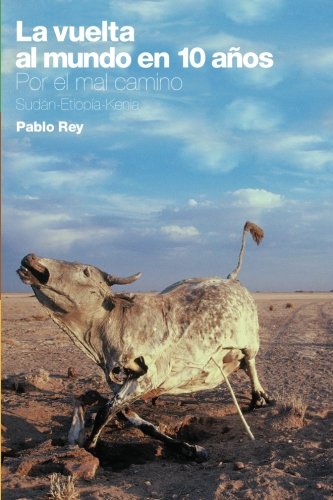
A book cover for La vuelta al mundo en 10 aÃ±os: Por el mal camino: SudÃ¡n, EtiopÃ­a, Kenia. (Spanish Edition); Pablo Rey; Travel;